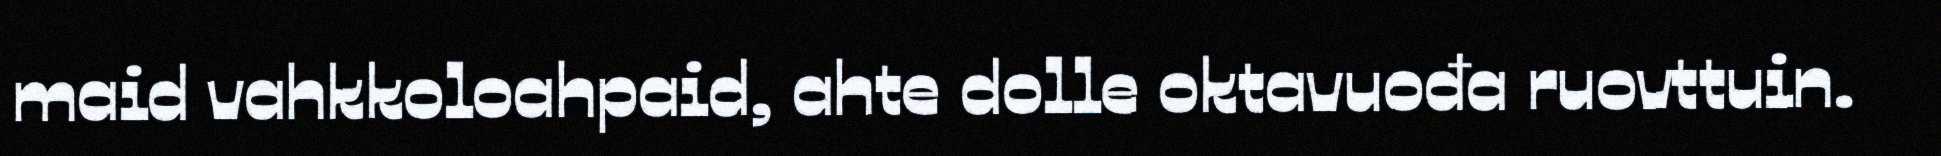
maid vahkkoloahpaid, ahte dolle oktavuođa ruovttuin.